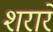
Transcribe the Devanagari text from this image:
शरारे